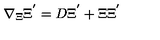
\nabla _ { \Xi } \Xi ^ { ' } = D \Xi ^ { ' } + \Xi \Xi ^ { ' }